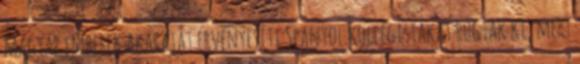
magyar emberek akaratát érvényesíti Spanyol kollégistákat rúgtak ki, mert